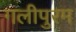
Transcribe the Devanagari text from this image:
गलीपुरम